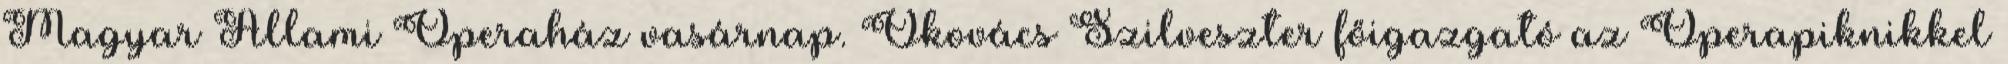
Magyar Állami Operaház vasárnap. Ókovács Szilveszter főigazgató az Operapiknikkel